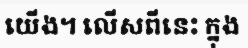
យើង។ លើសពីនេះ ក្នុង